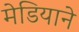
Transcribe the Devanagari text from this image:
मेडियाने